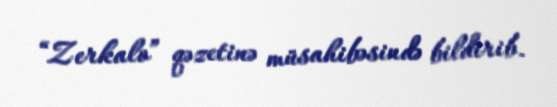
“Zerkalo” qəzetinə müsahibəsində bildirib.